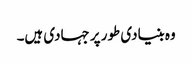
وہ بنیادی طور پر جہادی ہیں۔